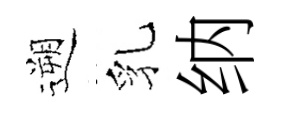
遡乳纳